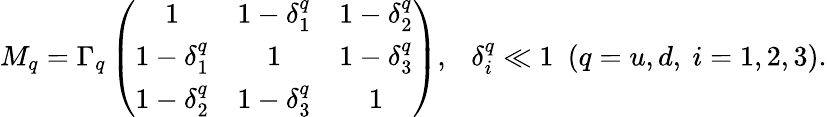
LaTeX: M_{q}=\Gamma_{q}\left(\begin{array}{ccc}{{1}}&{{1-\delta_{1}^{q}}}&{{1-\delta_{2}^{q}}}\\ {{1-\delta_{1}^{q}}}&{{1}}&{{1-\delta_{3}^{q}}}\\ {{1-\delta_{2}^{q}}}&{{1-\delta_{3}^{q}}}&{{1}}\end{array}\right),\ \ \ \delta_{i}^{q}\ll 1\ \ (q=u,d,\ i=1,2,3).